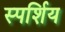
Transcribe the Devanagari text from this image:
स्पर्शिय